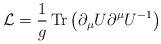
LaTeX: \begin{align*}{\cal L}={1\over g} \, {\rm Tr}\left(\partial_\mu U\partial^\mu U^{-1}\right)\end{align*}